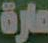
مارة